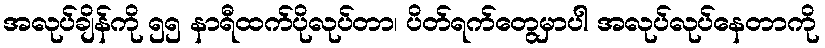
အလုပ်ချိန်ကို ၅၅ နာရီထက်ပိုလုပ်တာ၊ ပိတ်ရက်တွေမှာပါ အလုပ်လုပ်နေတာကို